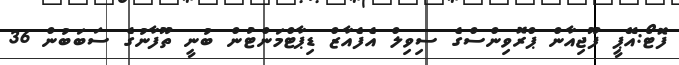
ފޮަޓޯ:އޭޕީ ފޫޖިއާން ޕްރޮވިންސްގެ ސިވިލް އެފެއާޒް ޑިޕާޓްމަންޓުން ބުނީ ތޫފާނުގެ ސަބަބުން 36